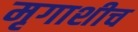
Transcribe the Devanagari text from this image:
मृगाशीच